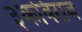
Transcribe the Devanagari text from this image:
३कविराज